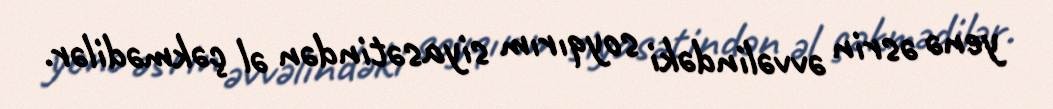
yenə əsrin əvvəlindəki soyqırım siyasətindən əl çəkmədilər.